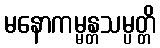
မနောကမ္မန္တသမ္ပတ္တိ